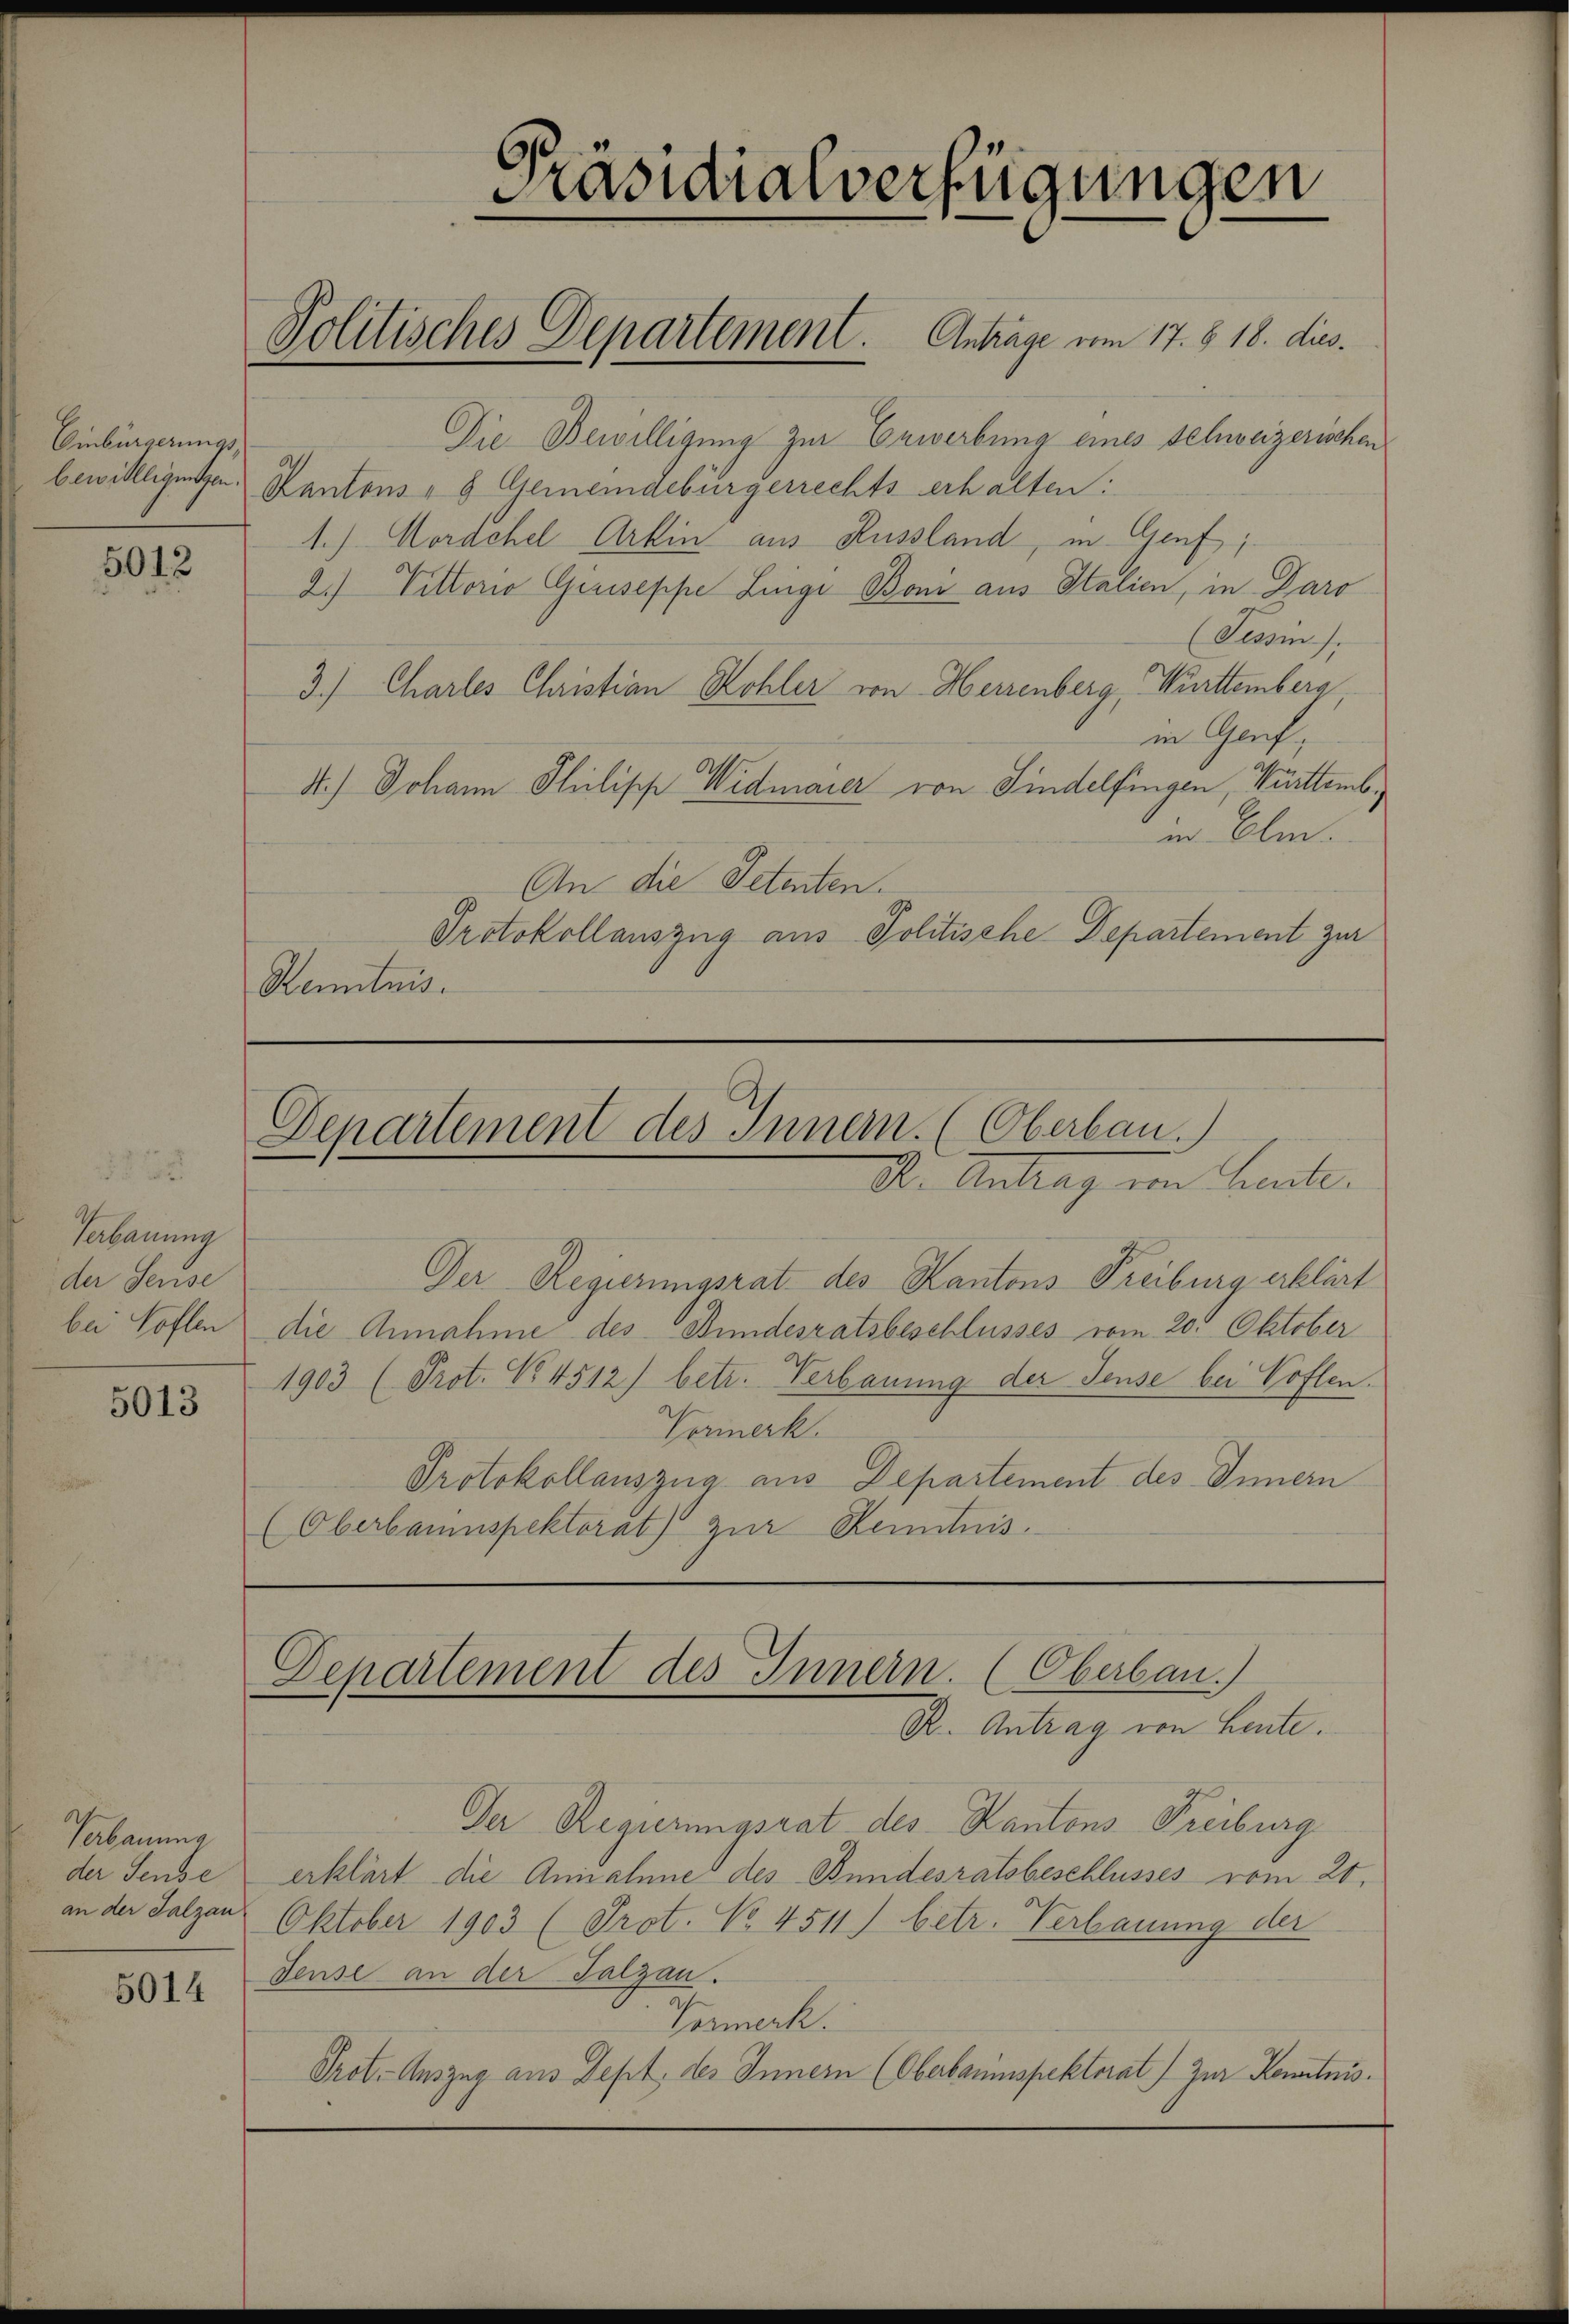
Einbürgerungs-

5012

Verbauung
der Sense
bei Koflen

5013

Pabauung
der Sense
an der Salzau
5014

Die Bewilligung zur Erwerbung eines Schweizerischen
bewilligungen Kantons - 8 Gemeindebürgerrechts erhalten:
1.) Mordchel Artin aus Russland, in Genf,
2.) Vittorio Giuseppe Linge Bon aus Italien, in Daro
(Tessin).
3.) Charles Christian Kohler von Herrenberg, Württemberg
in Genf,
A.) Johann Philische Widmarer von Findelfingen, Württemb.
er Olm.
An die Petenten.
Protokollauszug aus Politische Departement zur
Renntnis.

Präsidialverfügungen

Politisches Departement Anträge vom 17. § 18. dies.

Departement des Innern. (Oberbau.)
Dr. Antrag von heute.

Der Regierungsrat des Kantons Freiburg erklärt
die Annahme des Bundesratsbeschlusses vom 20. Oktober
1903 (Prot. No 4512) betr. Verbauung der Seuse bei Koflen.
Vermerk.
Protokollauszug aus Departement des Innern
(Oberbauinspektorat) zŭr Kenntnis.

Departement des Innern. (Oberbau.)
R. Antrag von Leute.

Der Regierungsrat des Kantons Freiburg
erklärt die Annahme des Bundesratsbeschlusses vom 20.
Oktober 1903 (Prot. No. 4511. betr. Verbauung der
dense an der Salzau.
Vormerk.
Prot. Auszug aus Sept, der Innern (Oberbauinspektorat) zur Kenntnis.